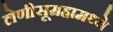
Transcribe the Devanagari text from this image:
लेणीसूमहामध्ये